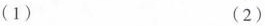
(1) (2)